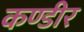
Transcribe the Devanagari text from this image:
कण्डीर